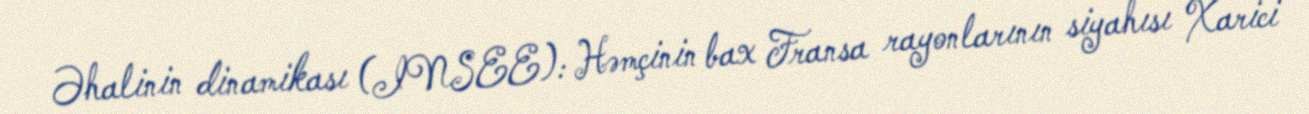
Əhalinin dinamikası (INSEE): Həmçinin bax Fransa rayonlarının siyahısı Xarici